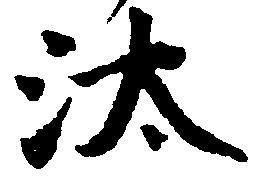
汰